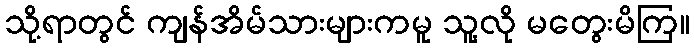
သို့ရာတွင် ကျန်အိမ်သားများကမူ သူ့လို မတွေးမိကြ။